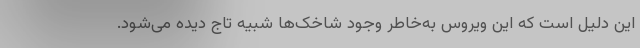
این دلیل است که این ویروس به‌خاطر وجود شاخک‌ها شبیه تاج دیده می‌شود.